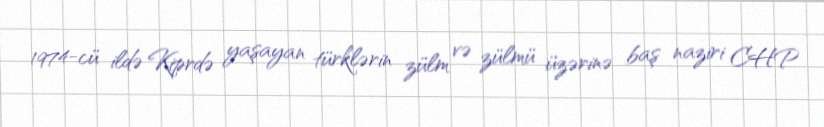
1974-cü ildə Kiprdə yaşayan türklərin zülm və zülmü üzərinə baş naziri CHP